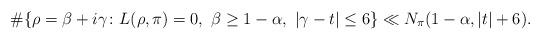
LaTeX: \begin{align*}\#\{\rho=\beta+i\gamma\colon L(\rho,\pi)=0,~\beta\geq1-\alpha,~|\gamma-t|\leq 6\}\ll N_{\pi}(1-\alpha,|t|+6).\end{align*}